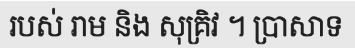
របស់ រាម និង សុគ្រិវ ។ ប្រាសាទ